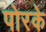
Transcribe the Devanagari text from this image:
पोरके